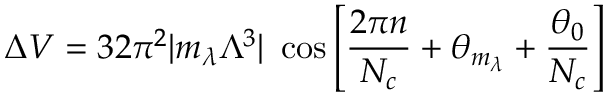
\Delta V = 3 2 \pi ^ { 2 } | m _ { \lambda } \Lambda ^ { 3 } | ~ \cos \left[ { \frac { 2 \pi n } { N _ { c } } } + \theta _ { m _ { \lambda } } + { \frac { \theta _ { 0 } } { N _ { c } } } \right]